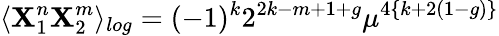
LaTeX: \langle\mathbf{X}_{1}^{n}\mathbf{X}_{2}^{m}\rangle_{log}=(-1)^{k}2^{2k-m+1+g}\mu^{4\{ k+2(1-g)\} }